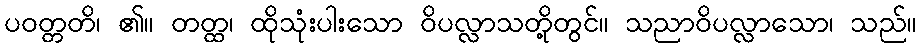
ပဝတ္တတိ၊ ၏။ တတ္ထ၊ ထိုသုံးပါးသော ဝိပလ္လာသတို့တွင်။ သညာဝိပလ္လာသော၊ သည်။